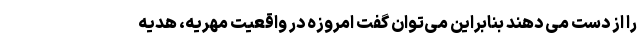
را از دست می دهند بنابراین می‌توان گفت امروزه در واقعیت مهریه، هدیه